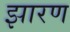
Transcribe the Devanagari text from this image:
झारण